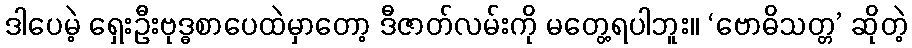
ဒါပေမဲ့ ရှေးဦးဗုဒ္ဓစာပေထဲမှာတော့ ဒီဇာတ်လမ်းကို မတွေ့ရပါဘူး။ ‘ဗောဓိသတ္တ’ ဆိုတဲ့